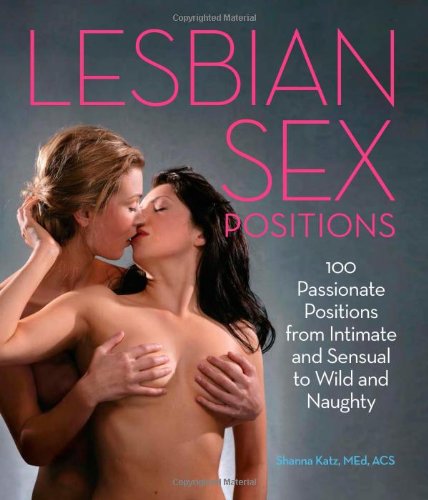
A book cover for Lesbian Sex Positions: 100 Passionate Positions from Intimate and Sensual to Wild and Naughty; Shanna Katz; Gay & Lesbian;